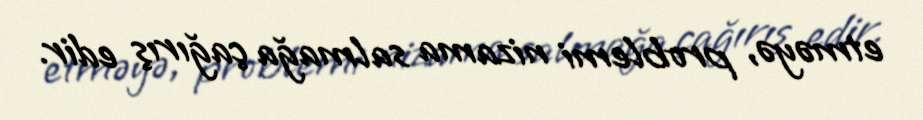
etməyə, problemi nizama salmağa çağırış edir.